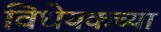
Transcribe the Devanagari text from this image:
विधेयकच्या